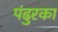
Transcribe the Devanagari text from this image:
पंढुरका